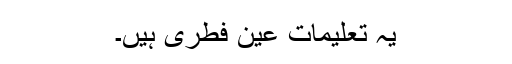
یہ تعلیمات عین فطری ہیں۔